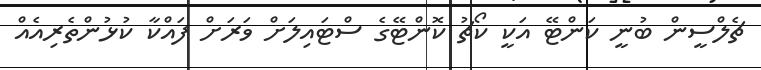
ޗެލްސީން ބުނީ ކަންޓޭ އަކީ ކޯޗު ކޮންޓޭގެ ސްޓައިލަށް ވަރަށް ފައްކާ ކުޅުންތެރިއެއް